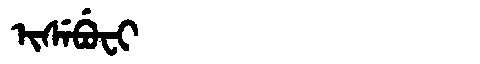
Manchu: ᡳᠰᡝᠪᡠᠸᡳ
Romanization: ISEBUFI